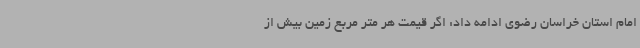
امام استان خراسان رضوی ادامه داد: اگر قیمت هر متر مربع زمین بیش از